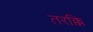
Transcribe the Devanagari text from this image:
तरक्कि